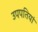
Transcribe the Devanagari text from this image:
उपपतियां